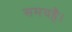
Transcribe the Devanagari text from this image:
समयहै।